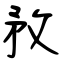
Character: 敄